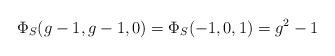
LaTeX: \begin{align*}\Phi_S(g-1,g-1,0) = \Phi_S(-1,0,1) = g^2-1\end{align*}